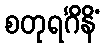
စတုရင်္ဂိနိံ